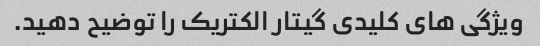
ویژگی های کلیدی گیتار الکتریک را توضیح دهید.